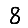
Digit: 8